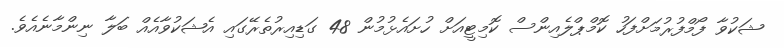
ޝަކުވާ ފޯމްފުރުމަށްފަހު ކޮމްޕްލެއިންސް ކޮމިޓީއަށް ހުށައެޅުމުން 48 ގަޑިއިރުތެރޭގައި އެޝަކުވާއެއް ބަލާ ނިންމާނެއެވެ.